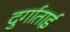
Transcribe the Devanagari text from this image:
दुर्गाताई